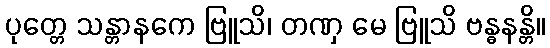
ပုတ္တေ သန္တာနကေ ဗြူသိ၊ တဏှ မေ ဗြူသိ ဗန္ဓနန္တိ။